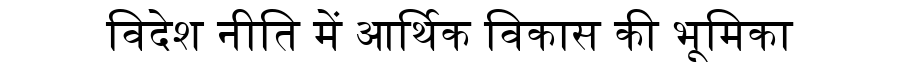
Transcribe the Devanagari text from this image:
विदेश नीति में आर्थिक विकास की भूमिका